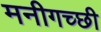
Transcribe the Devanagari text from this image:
मनीगच्छी